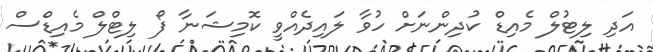
އަދި ލިޓުލް މެއިޑް ކުދިންނަށް ހުވާ ލައިދެއްވީ ކޮމިޝަނާ ފޯ ލިޓްލް މެއިޑްސް